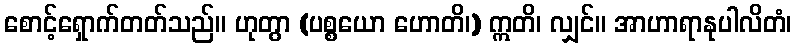
စောင့်ရှောက်တတ်သည်။ ဟုတွာ (ပစ္စယော ဟောတိ၊) ဣတိ၊ လျှင်။ အာဟာရာနုပါလိတံ၊